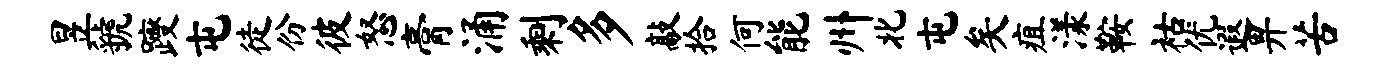
昱虢躞屯徒份彼怒膏涌剩多敲拾何能州北屯矣疽漾鞍祜优遐畀苦